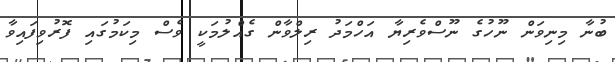
ބުނާ މިނިވަން ނޫހުގެ ނޫސްވެރިޔާ އަހްމަދު ރިލްވާން ގެއްލުމަކީ ވެސް މިކަމުގައި ފޮރުވިފައިވާ